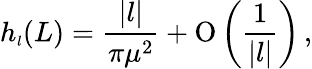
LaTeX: h_{\scriptscriptstyle{l}}(L)=\frac{|l|}{\pi\mu^{2}}+\mathrm{O}\left(\frac{1}{|l|}\right)\, ,